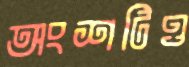
অংশটিও